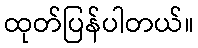
ထုတ်ပြန်ပါတယ်။